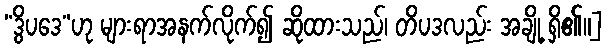
“ဒွိပဒေ”ဟု များရာအနက်လိုက်၍ ဆိုထားသည်၊ တိပဒလည်း အချို့ ရှိ၏။]